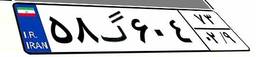
۰۲گ۵۰۰۱۵